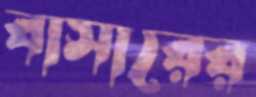
বাসারের